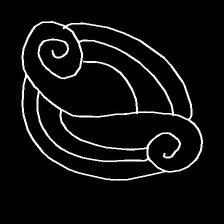
Glyph: wind-underfoot